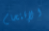
الإقتحام